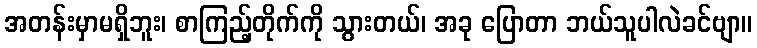
အတန်းမှာမရှိဘူး၊ စာကြည့်တိုက်ကို သွားတယ်၊ အခု ပြောတာ ဘယ်သူပါလဲခင်ဗျာ။